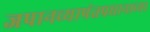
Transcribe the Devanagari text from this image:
जपानच्यापंतप्रधानाच्या